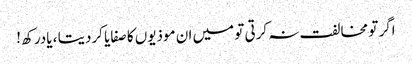
اگر تو مخالفت نہ کرتی تو میں ان موذیوں کا صفایا کردیتا ، یادرکھ !